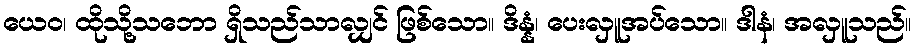
ယေဝ၊ ထိုသို့သဘော ရှိသည်သာလျှင် ဖြစ်သော။ ဒိန္နံ၊ ပေးလှူအပ်သော။ ဒါနံ၊ အလှူသည်။